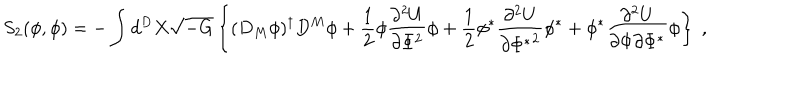
LaTeX: S _ { 2 } ( \phi , \phi ) = - \int d ^ { D } X \sqrt { - G } \left\{ ( D _ { M } \phi ) ^ { \dagger } D ^ { M } \phi + \frac { 1 } { 2 } \phi \frac { \partial ^ { 2 } U } { \partial \Phi ^ { 2 } } \phi + \frac { 1 } { 2 } \phi ^ { * } \frac { \partial ^ { 2 } U } { \partial { \Phi ^ { * } } ^ { 2 } } \phi ^ { * } + \phi ^ { * } \frac { \partial ^ { 2 } U } { \partial \Phi \partial \Phi ^ { * } } \phi \right\} ~ ,